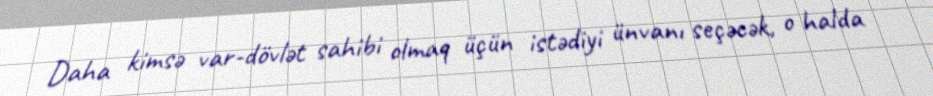
Daha kimsə var-dövlət sahibi olmaq üçün istədiyi ünvanı seçəcək, o halda